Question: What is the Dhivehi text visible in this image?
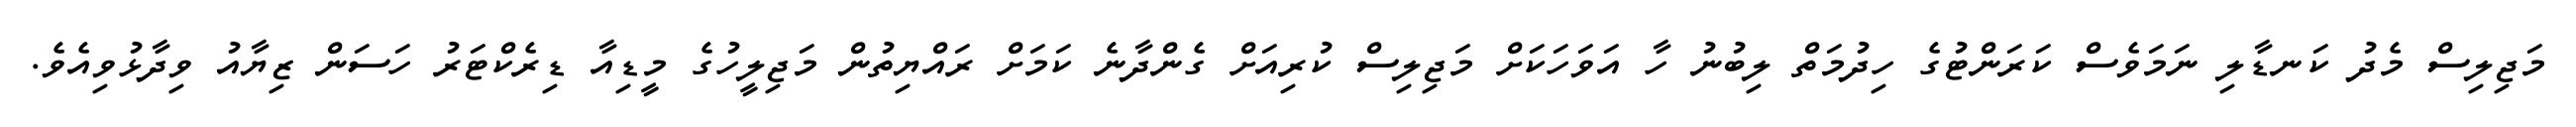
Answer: މަޖިލިސް މެދު ކަނޑާލި ނަމަވެސް ކަރަންޓުގެ ހިދުމަތް ލިބުނު ހާ އަވަހަކަށް މަޖިލިސް ކުރިއަށް ގެންދާނެ ކަމަށް ރައްޔިތުން މަޖިލީހުގެ މީޑިއާ ޑިރެކްޓަރު ހަސަން ޒިޔާއު ވިދާޅުވިއެވެ.